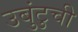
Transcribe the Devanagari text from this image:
उबुंटुची